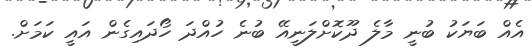
އެއް ބަޔަކު ބުނީ މާލެ ދޫކޮށްލަނީއޭ ބުނެ ހުއްދަ ހޯދައިގެން އައީ ކަމަށް.